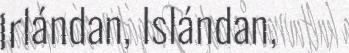
Irlándan, Islándan,